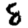
Digit: 8